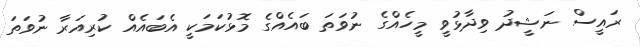
ރައީސް ނަޝީދު ވިދާޅުވީ މީހެއްގެ ނުވަތަ ބައެއްގެ މޮޅުކަމަކީ އެބައެއް ކުރިއަރާ ނުވަތަ